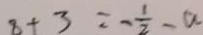
8 + 3 = - \frac { 1 } { 2 } - a